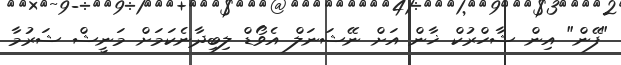
"ފޭން" އިން ޝާހްރުކް ޚާން އަށް ނޭޝަނަލް އެވޯޑް ލިބިދާނެކަމަށް މަނީޝް ޝަރުމާ